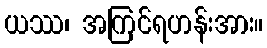
ယဿ၊ အကြင်ရဟန်းအား။